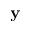
\mathbf { y }